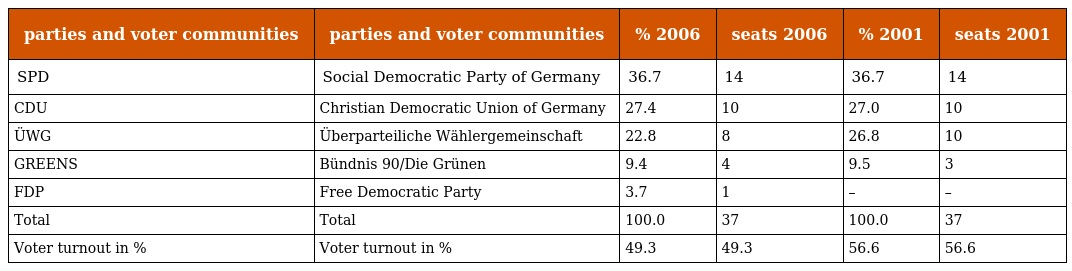
| parties and voter communities | parties and voter communities | % 2006 | seats 2006 | % 2001 | seats 2001 |
 | --- | --- | --- | --- | --- | --- |
 | SPD | Social Democratic Party of Germany | 36.7 | 14 | 36.7 | 14 |
 | CDU | Christian Democratic Union of Germany | 27.4 | 10 | 27.0 | 10 |
 | ÜWG | Überparteiliche Wählergemeinschaft | 22.8 | 8 | 26.8 | 10 |
 | GREENS | Bündnis 90/Die Grünen | 9.4 | 4 | 9.5 | 3 |
 | FDP | Free Democratic Party | 3.7 | 1 | – | – |
 | Total | Total | 100.0 | 37 | 100.0 | 37 |
 | Voter turnout in % | Voter turnout in % | 49.3 | 49.3 | 56.6 | 56.6 |